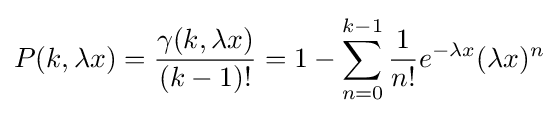
P(k,\lambda x)={\frac {\gamma (k,\lambda x)}{(k-1)!}}=1-\sum _{n=0}^{k-1}{\frac {1}{n!}}e^{-\lambda x}(\lambda x)^{n}